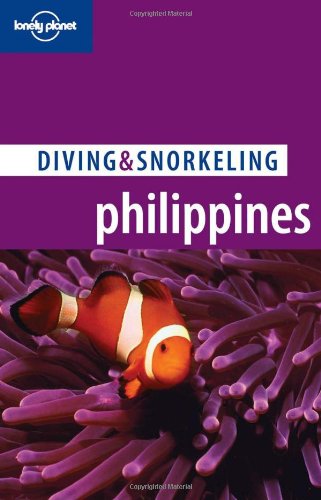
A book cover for Lonely Planet Diving & Snorkeling Philippines; Tim Rock; Travel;